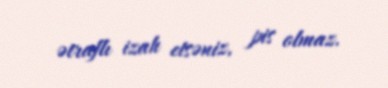
ətraflı izah etsəniz, pis olmaz.